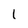
Character: I